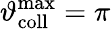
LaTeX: \vartheta_{\mathrm{coll}}^{\mathrm{max}}=\pi